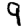
Digit: 9